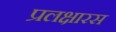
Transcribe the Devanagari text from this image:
प्रलक्षारस